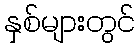
နှစ်များတွင်